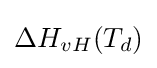
\Delta H_{vH}(T_{d})